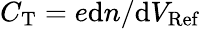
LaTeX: C_{\mathrm{T}}=e\mathrm{d}n/\mathrm{d}V_{\mathrm{Ref}}